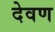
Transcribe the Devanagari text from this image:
देवण